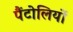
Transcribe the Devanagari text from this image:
पैंटोलियों